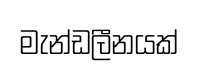
මැන්ඩලීනයක්